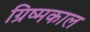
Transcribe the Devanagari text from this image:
ग्रिष्मकाल